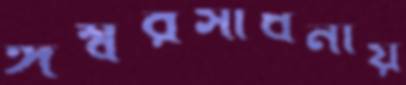
ঈশ্বরসাধনায়